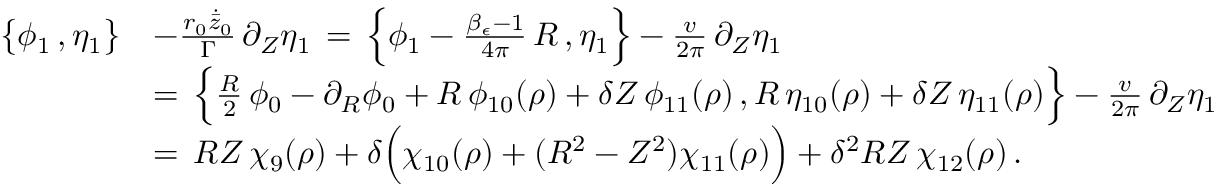
\begin{array} { r l } { \bigl \{ \phi _ { 1 } \, , \eta _ { 1 } \bigr \} } & { - \frac { r _ { 0 } \dot { \bar { z } } _ { 0 } } { \Gamma } \, \partial _ { Z } \eta _ { 1 } \, = \, \Bigl \{ \phi _ { 1 } - \frac { \beta _ { \epsilon } - 1 } { 4 \pi } \, R \, , \eta _ { 1 } \Bigr \} - \frac { v } { 2 \pi } \, \partial _ { Z } \eta _ { 1 } } \\ { \, } & { = \, \Bigl \{ \frac { R } { 2 } \, \phi _ { 0 } - \partial _ { R } \phi _ { 0 } + R \, \phi _ { 1 0 } ( \rho ) + \delta Z \, \phi _ { 1 1 } ( \rho ) \, , R \, \eta _ { 1 0 } ( \rho ) + \delta Z \, \eta _ { 1 1 } ( \rho ) \Bigr \} - \frac { v } { 2 \pi } \, \partial _ { Z } \eta _ { 1 } } \\ { \, } & { = \, R Z \, \chi _ { 9 } ( \rho ) + \delta \Bigl ( \chi _ { 1 0 } ( \rho ) + ( R ^ { 2 } - Z ^ { 2 } ) \chi _ { 1 1 } ( \rho ) \Bigr ) + \delta ^ { 2 } R Z \, \chi _ { 1 2 } ( \rho ) \, . } \end{array}